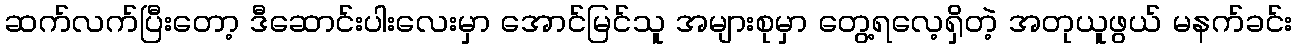
ဆက်လက်ပြီးတော့ ဒီဆောင်းပါးလေးမှာ အောင်မြင်သူ အများစုမှာ တွေ့ရလေ့ရှိတဲ့ အတုယူဖွယ် မနက်ခင်း